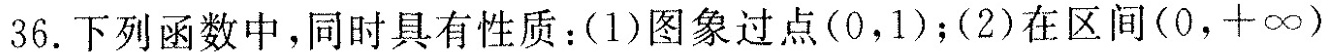
36.下列函数中，同时具有性质：(1)图象过点(0，1)；(2)在区间(0，+∞)